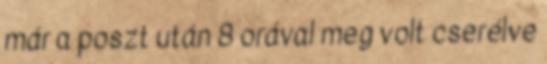
már a poszt után 8 orával meg volt cserélve